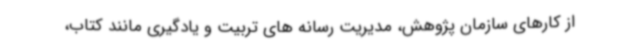
از کارهای سازمان پژوهش، مدیریت رسانه های تربیت و یادگیری مانند کتاب،